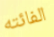
الفائته